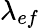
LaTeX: \lambda_{ef}